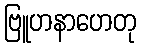
ဗြူဟနာဟေတု